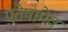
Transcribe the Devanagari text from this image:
एतेषामेव